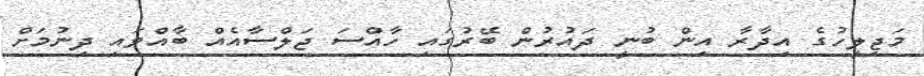
މަޖިލީހުގެ އިދާރާ އިން ބުނީ ދައުރުން ބޭރުގައި ހާއްސަ ޖަލްސާއެއް ބާއްވައި ދިނުމަށް